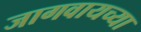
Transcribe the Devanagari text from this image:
जागवायच्या